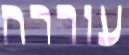
עוררה